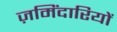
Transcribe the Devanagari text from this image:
ज़मिंदारियों